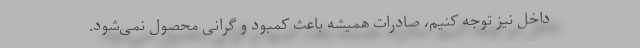
داخل نیز توجه کنیم، صادرات همیشه باعث کمبود و گرانی محصول نمی‌شود.